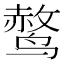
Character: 𫛿